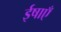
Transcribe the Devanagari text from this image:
ईषाएँ